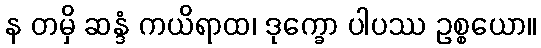
န တမှိ ဆန္ဒံ ကယိရာထ၊ ဒုက္ခော ပါပဿ ဥစ္စယော။